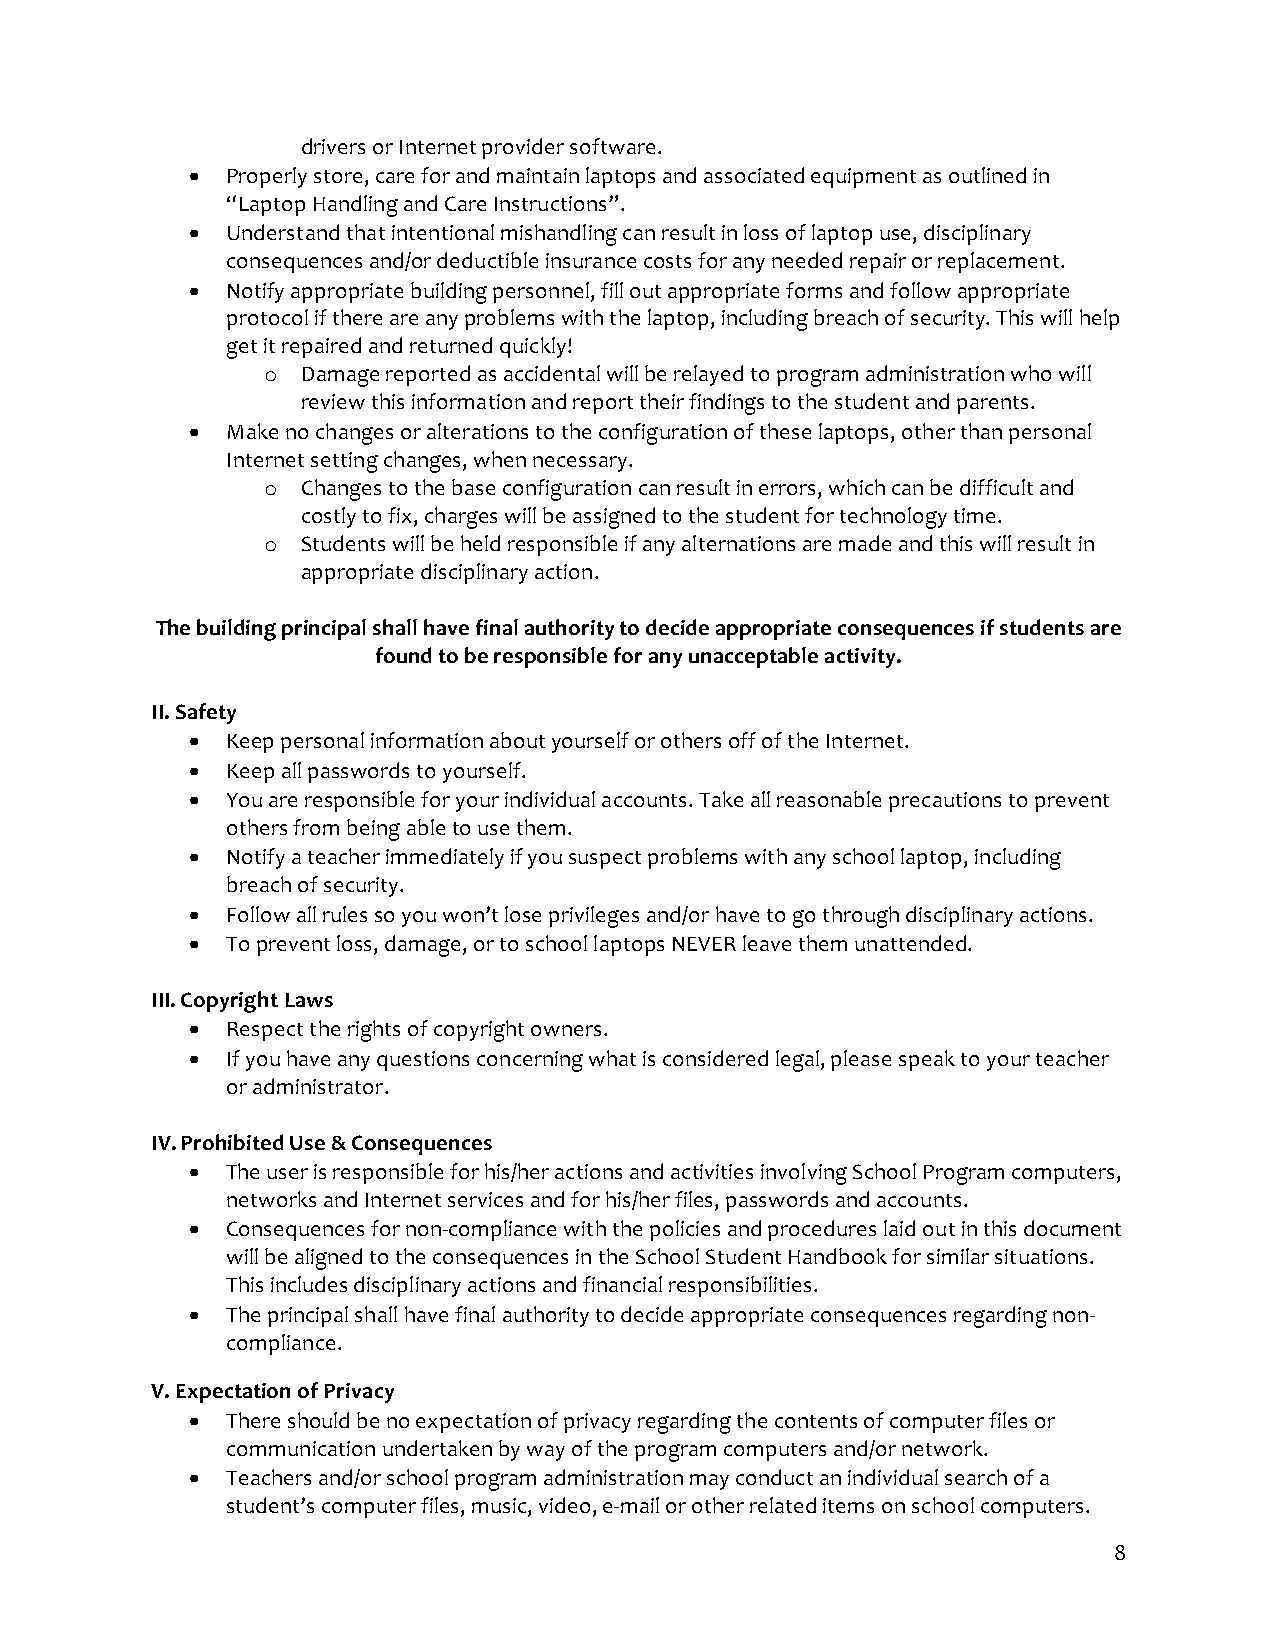
drivers or Internet provider software.
 •  Properly store, care for and maintain laptops and associated equipment as outlined in
 “Laptop Handling and Care Instructions”.
 •  Understand that intentional mishandling can result in loss of laptop use, disciplinary
 consequences and/or deductible insurance costs for any needed repair or replacement.
 •  Notify appropriate building personnel, fill out appropriate forms and follow appropriate
 protocol if there are any problems with the laptop, including breach of security. This will help
 get it repaired and returned quickly!
 o  Damage reported as accidental will be relayed to program administration who will
 review this information and report their findings to the student and parents.
 •  Make no changes or alterations to the configuration of these laptops, other than personal
 Internet setting changes, when necessary.
 o  Changes to the base configuration can result in errors, which can be difficult and
 costly to fix, charges will be assigned to the student for technology time.
 o  Students will be held responsible if any alternations are made and this will result in
 appropriate disciplinary action.
 The building principal shall have final authority to decide appropriate consequences if students are
 found to be responsible for any unacceptable activity.
 II. Safety
 •  Keep personal information about yourself or others off of the Internet.
 •  Keep all passwords to yourself.
 •  You are responsible for your individual accounts. Take all reasonable precautions to prevent
 others from being able to use them.
 •  Notify a teacher immediately if you suspect problems with any school laptop, including
 breach of security.
 •  Follow all rules so you won’t lose privileges and/or have to go through disciplinary actions.
 •  To prevent loss, damage, or to school laptops NEVER leave them unattended.
 III. Copyright Laws
 •  Respect the rights of copyright owners.
 •  If you have any questions concerning what is considered legal, please speak to your teacher
 or administrator.
 IV. Prohibited Use & Consequences
 •  The user is responsible for his/her actions and activities involving School Program computers,
 networks and Internet services and for his/her files, passwords and accounts.
 •  Consequences for non-compliance with the policies and procedures laid out in this document
 will be aligned to the consequences in the School Student Handbook for similar situations.
 This includes disciplinary actions and financial responsibilities.
 •  The principal shall have final authority to decide appropriate consequences regarding non-
 compliance.
 V. Expectation of Privacy
 •  There should be no expectation of privacy regarding the contents of computer files or
 communication undertaken by way of the program computers and/or network.
 •  Teachers and/or school program administration may conduct an individual search of a
 student’s computer files, music, video, e-mail or other related items on school computers.
 8